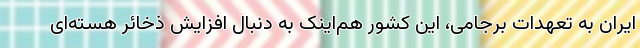
ایران به تعهدات برجامی، این کشور هم‌اینک به دنبال افزایش ذخائر هسته‌ای